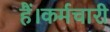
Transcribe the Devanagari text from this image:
हैं।कर्मचारी